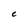
Character: C